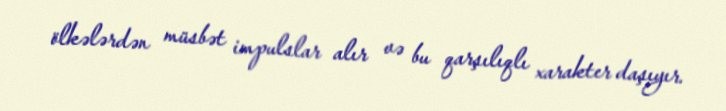
ölkələrdən müsbət impulslar alır və bu qarşılıqlı xarakter daşıyır.